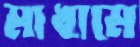
মাধামে